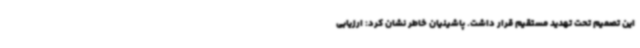
این تصمیم تحت تهدید مستقیم قرار داشت. پاشینیان خاطر نشان کرد: ارزیابی